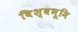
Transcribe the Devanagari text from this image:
विश्वभूमि